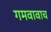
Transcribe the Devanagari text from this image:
गमवावाच